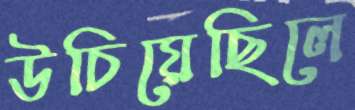
উচিয়েছিলে